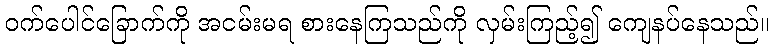
ဝက်ပေါင်ခြောက်ကို အငမ်းမရ စားနေကြသည်ကို လှမ်းကြည့်၍ ကျေနပ်နေသည်။